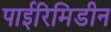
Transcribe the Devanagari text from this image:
पाईरिमिडीन